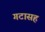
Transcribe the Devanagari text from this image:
गटासह